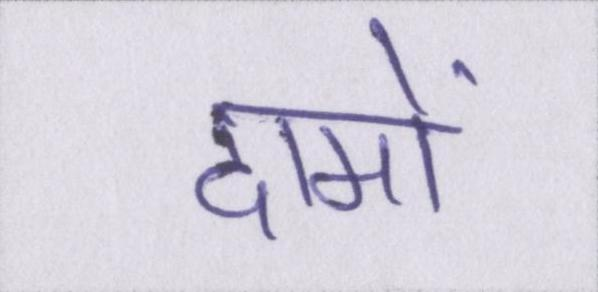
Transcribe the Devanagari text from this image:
दामों